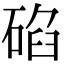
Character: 𥓒